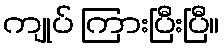
ကျုပ် ကြားပြီးပြီ။